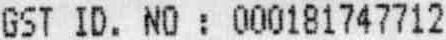
GST ID. NO : 000181747712